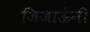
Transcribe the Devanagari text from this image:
जिजाऊंनी